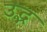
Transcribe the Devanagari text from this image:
उद्भ